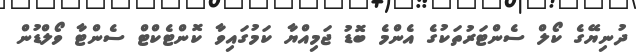
ދުނިޔޭގެ ކޯލް ސެންޓަރުތަކުގެ އެންމެ ބޮޑު ޖަމިއްޔާ ކަމުގައިވާ ކޮންޓެކްޓް ސެންޓާ ވޯލްޑުން